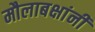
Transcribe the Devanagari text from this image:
मौलाबक्षांनी